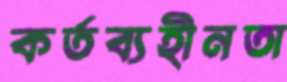
কর্তব্যহীনতা